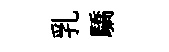
乳驕